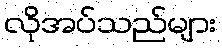
လိုအပ်သည်များ